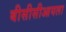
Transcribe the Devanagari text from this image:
बीसीसीआयला